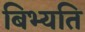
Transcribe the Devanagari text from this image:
बिभ्यति